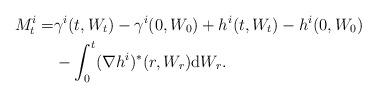
LaTeX: \begin{align*}M^i_t=&\gamma^i(t, W_t)-\gamma^i(0, W_0)+ h^i(t, W_t)-h^i(0, W_0)\\& -\int_0^t (\nabla h^i)^* (r, W_r) \mathrm d W_r.\end{align*}